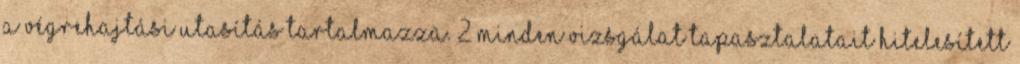
a végrehajtási utasítás tartalmazza. 2 Minden vizsgálat tapasztalatait hitelesített